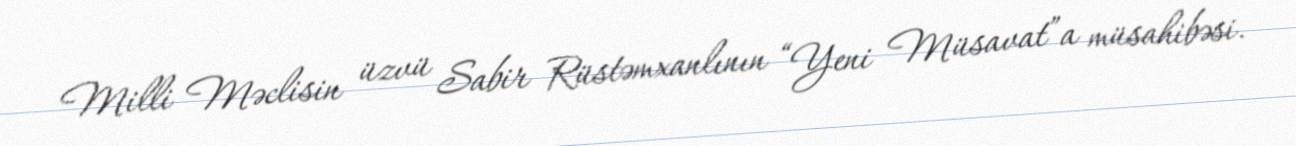
Milli Məclisin üzvü Sabir Rüstəmxanlının “Yeni Müsavat”a müsahibəsi.